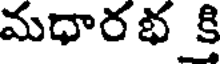
మధారభ క్రి